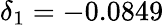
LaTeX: \delta_{1}=-0.0849